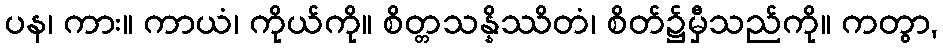
ပန၊ ကား။ ကာယံ၊ ကိုယ်ကို။ စိတ္တသန္နိဿိတံ၊ စိတ်၌မှီသည်ကို။ ကတွာ,